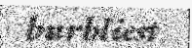
burbliest